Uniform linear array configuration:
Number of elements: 4
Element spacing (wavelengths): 0.25
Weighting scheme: cosine
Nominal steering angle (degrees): -45
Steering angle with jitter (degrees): -44.82
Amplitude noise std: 0.05
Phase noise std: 0.05

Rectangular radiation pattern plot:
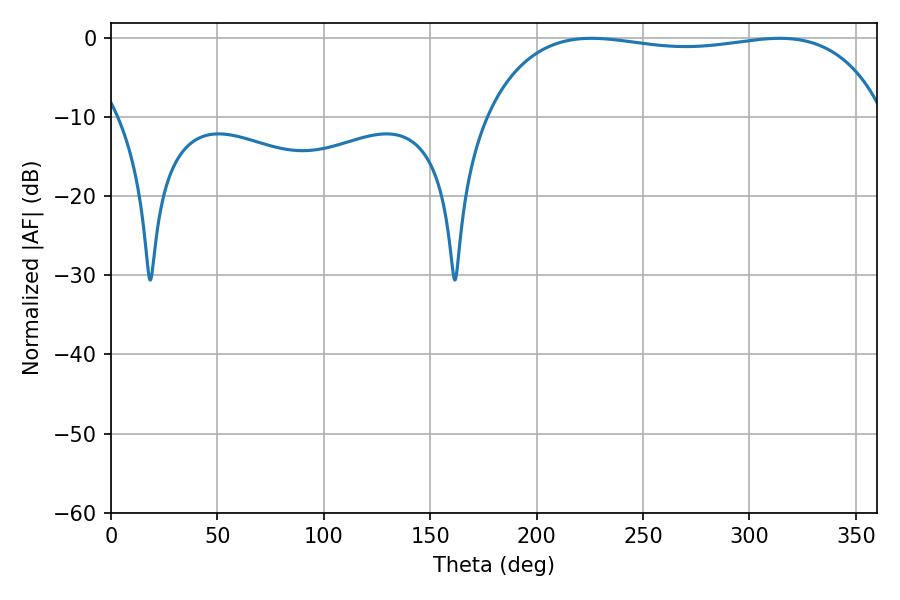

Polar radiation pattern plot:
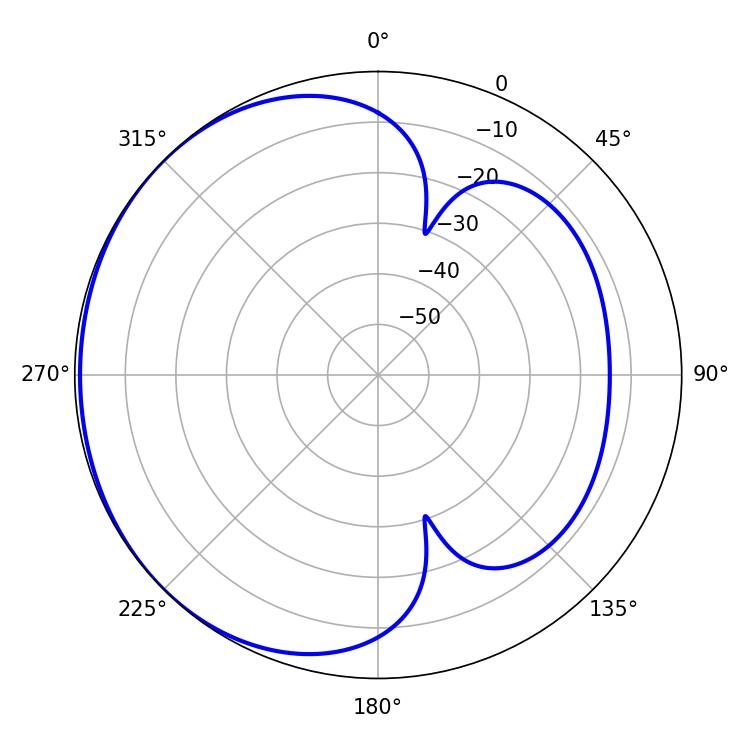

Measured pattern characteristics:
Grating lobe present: FALSE
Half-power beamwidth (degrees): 150.84
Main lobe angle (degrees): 225.72